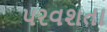
પરવશતા